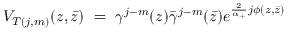
V _ { T ( j , m ) } ( z , \bar { z } ) ~ = ~ \gamma ^ { j - m } ( z ) \bar { \gamma } ^ { j - m } ( \bar { z } ) e ^ { \frac 2 { \alpha _ { + } } j \phi ( z , \bar { z } ) }